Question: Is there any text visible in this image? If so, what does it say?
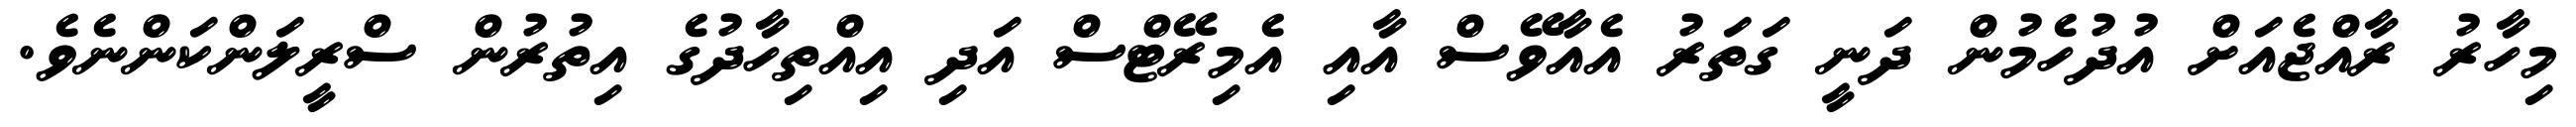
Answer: މިހާރު ރާއްޖެއަށް އުދުހެމުން ދަނީ ގަތަރު އެއާވޭސް އާއި އެމިރޭޓްސް އަދި އިއްތިހާދުގެ އިތުރުން ސްރީލަންކަންނެވެ.